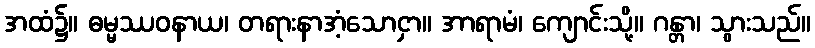
အထံ၌။ ဓမ္မဿဝနာယ၊ တရားနာအံ့သောငှာ။ အာရာမံ၊ ကျောင်းသို့။ ဂန္တာ၊ သွားသည်။